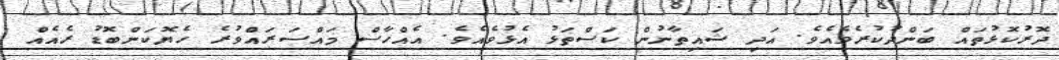
ދޮރުކޮޅުތައް ބަންދުކުރެވެއެވެ. އަދި ޝައިތާނުން ކަސްތަޅު އެޅުވެއެވެ. އެއްހާސް މައްސަރައްވުރެ ހެޔޮކަންބޮޑު ރެއެއް